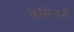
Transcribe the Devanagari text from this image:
फ़ैसिलटी